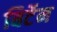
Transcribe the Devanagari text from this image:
बिर्टेन